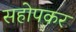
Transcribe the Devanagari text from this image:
सहोपकर